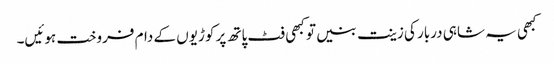
کبھی یہ شاہی دربار کی زینت بنیں تو کبھی فٹ پاتھ پر کوڑیوں کے دام فروخت ہوئیں۔